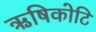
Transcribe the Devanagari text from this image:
ऋषिकोटि